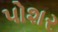
પોશર